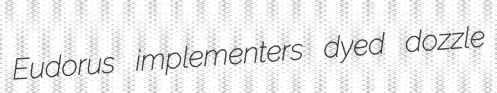
Eudorus implementers dyed dozzle